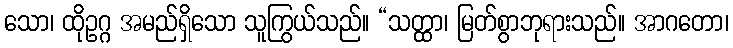
သော၊ ထိုဥဂ္ဂ အမည်ရှိသော သူကြွယ်သည်။ “သတ္ထာ၊ မြတ်စွာဘုရားသည်။ အာဂတော၊